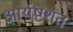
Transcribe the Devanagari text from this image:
आर्यष्टशत